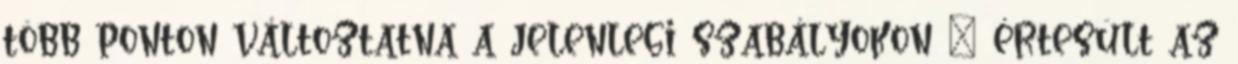
több ponton változtatna a jelenlegi szabályokon – értesült az